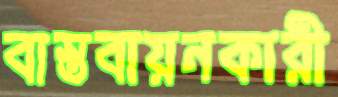
বাস্তবায়নকারী